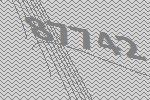
87742